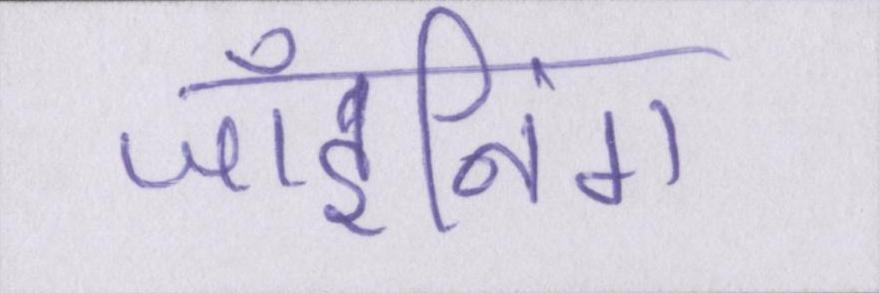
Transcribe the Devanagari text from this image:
जॉइनिंग